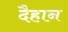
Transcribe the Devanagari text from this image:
दैहान